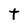
Character: t